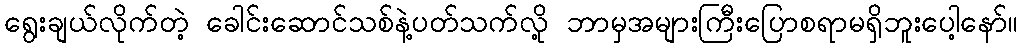
ရွေးချယ်လိုက်တဲ့ ခေါင်းဆောင်သစ်နဲ့ပတ်သက်လို့ ဘာမှအများကြီးပြောစရာမရှိဘူးပေါ့နော်။